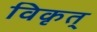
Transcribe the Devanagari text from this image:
विकृत्